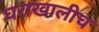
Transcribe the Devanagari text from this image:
घराखालीच